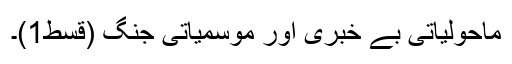
ماحولیاتی بے خبری اور موسمیاتی جنگ (قسط1)۔